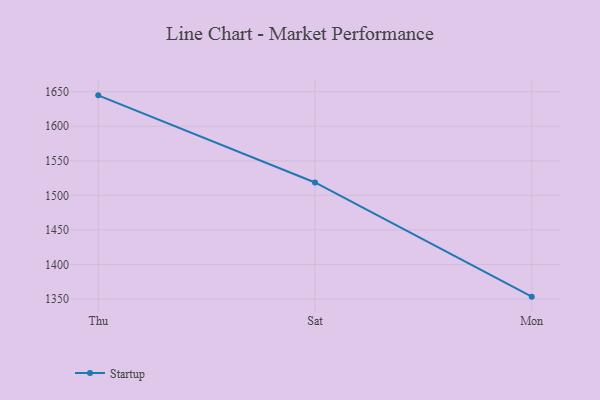
{"axis": {"x": "Day", "y": "Net Income (USD K)"}, "legend": ["Startup"], "data": [{"x": "Thu", "y": 1644.7, "type": "Startup"}, {"x": "Sat", "y": 1518.7, "type": "Startup"}, {"x": "Mon", "y": 1353.5, "type": "Startup"}]}